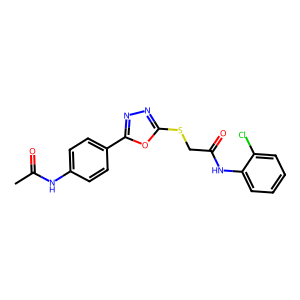
SMILES: CC(=O)Nc1ccc(-c2nnc(SCC(=O)Nc3ccccc3Cl)o2)cc1
Inhibits HIV replication: No